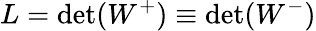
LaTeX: L=\operatorname*{det}(W^{+})\equiv\operatorname*{det}(W^{-})